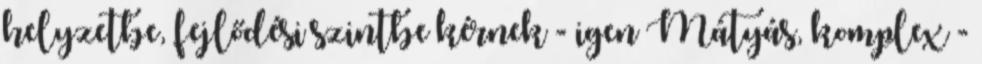
helyzetbe, fejlődési szintbe kérnek - igen Mátyás, komplex -